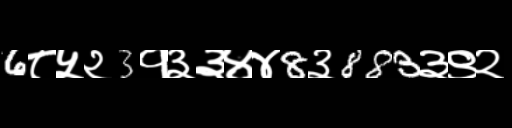
Text: 6८५२3१३३४४8३883३९२